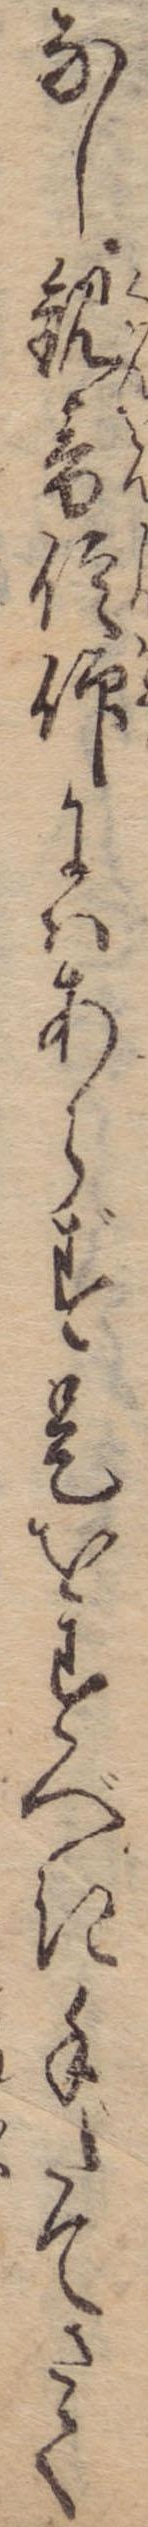
なし観音信仰にはあらず是をすべき手だてさて